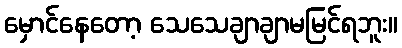
မှောင်နေတော့ သေသေချာချာမမြင်ရဘူး။